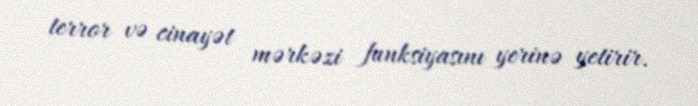
terror və cinayət mərkəzi funksiyasını yerinə yetirir.